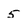
Character: 5